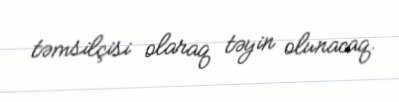
təmsilçisi olaraq təyin olunacaq.